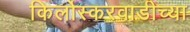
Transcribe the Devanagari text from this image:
किर्लोस्करवाडीच्या